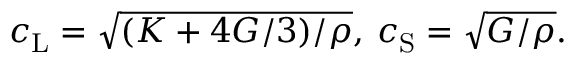
c _ { \mathrm { L } } = \sqrt { ( K + 4 G / 3 ) / \rho } , \: c _ { \mathrm { S } } = \sqrt { G / \rho } .